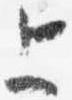
上